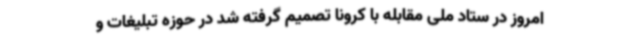
امروز در ستاد ملی مقابله با کرونا تصمیم گرفته شد در حوزه تبلیغات و